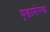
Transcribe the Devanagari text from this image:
एडामेस्क